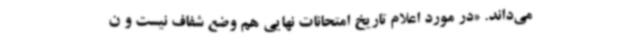
می‌داند. «در مورد اعلام تاریخ امتحانات نهایی هم وضع شفاف نیست و ن